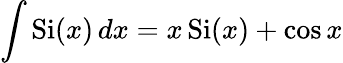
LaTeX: \int\operatorname{Si}(x)\, dx=x\operatorname{Si}(x)+\cos x